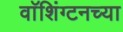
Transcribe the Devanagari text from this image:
वाॅशिंग्टनच्या